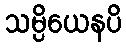
သမ္ပိယေနပိ